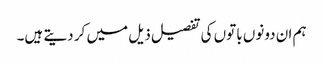
ہم ان دونوں باتوں کی تفصیل ذیل میں کر دیتے ہیں۔